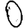
Digit: 0